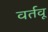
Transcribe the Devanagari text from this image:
वर्तवू